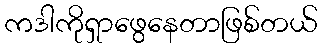
ကဒါကိုရှာဖွေနေတာဖြစ်တယ်